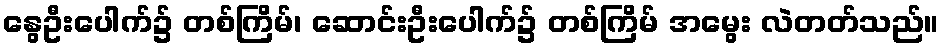
နွေဦးပေါက်၌ တစ်ကြိမ်၊ ဆောင်းဦးပေါက်၌ တစ်ကြိမ် အမွေး လဲတတ်သည်။